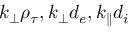
k _ { \perp } \rho _ { \tau } , k _ { \perp } d _ { e } , k _ { \parallel } d _ { i }